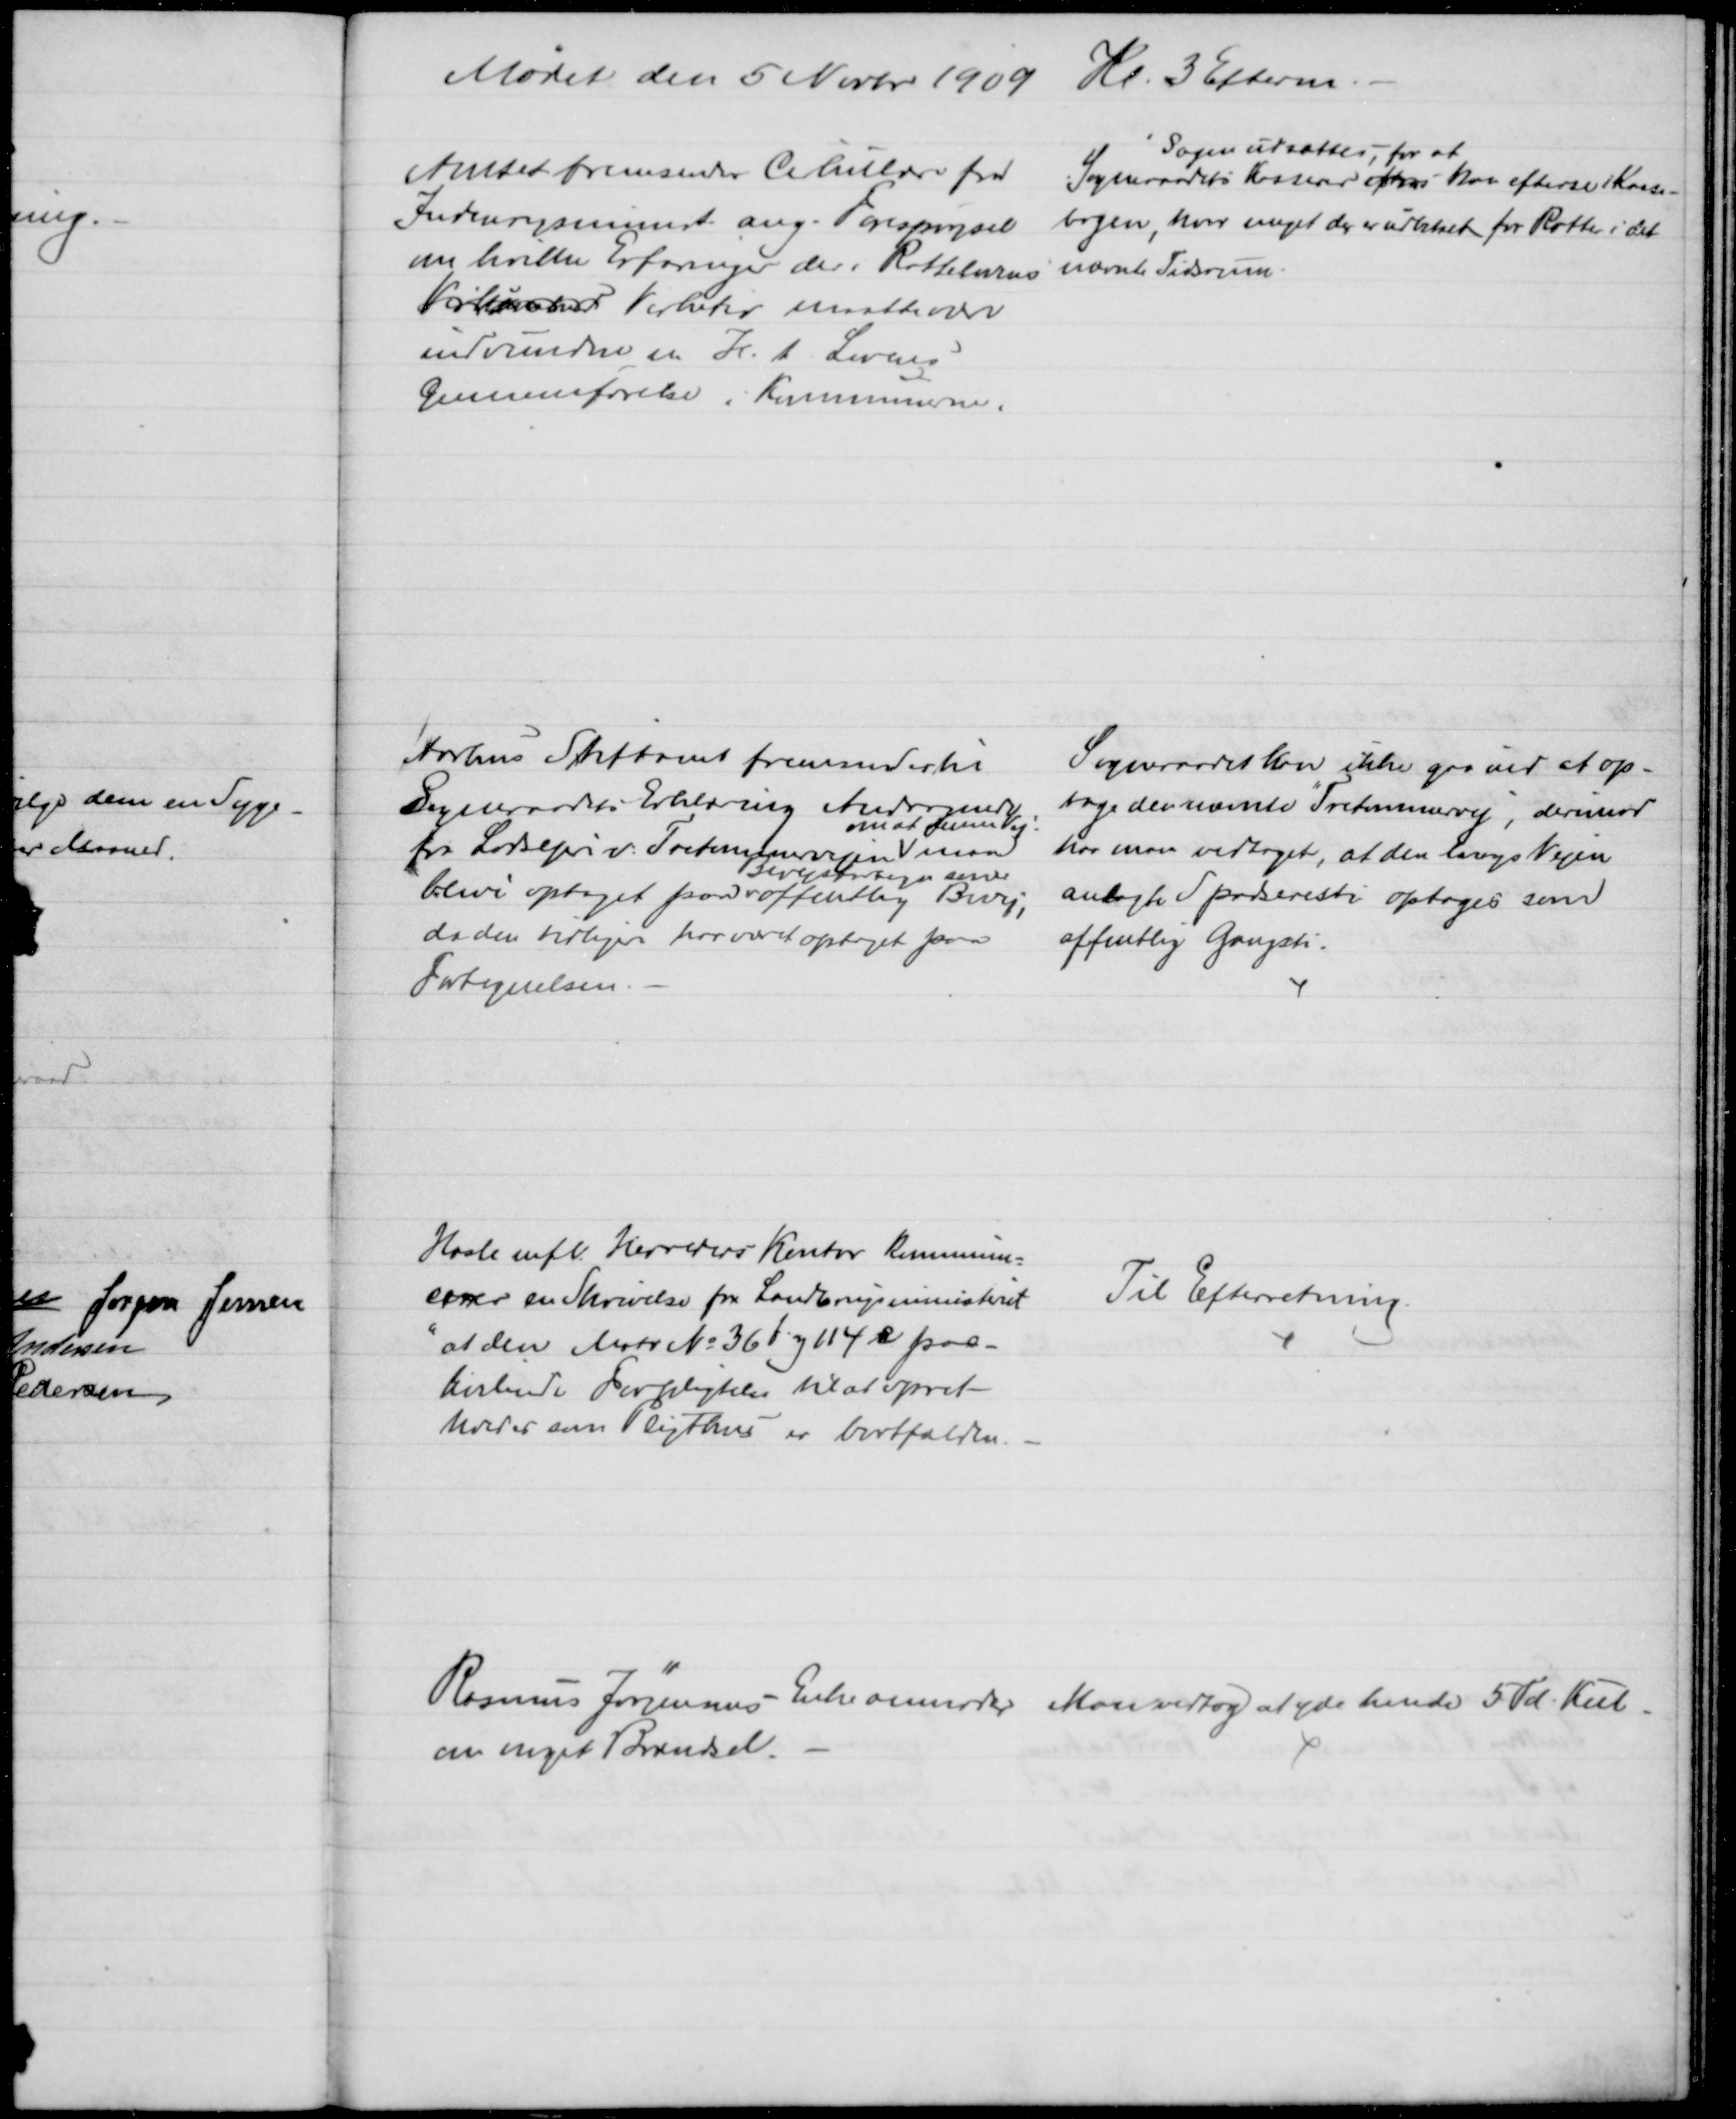
Transskription:
Mødet den 5 Novbr 1909 Kl. 3 Efterm.
Amtet fremsender Cikulære fra
Indenrigsminist. ang. Forespørgsel
om hvilke Erfaringer der i Rottelovens
  Virke  maatte være
indvundne m H. t. Lovens
Gennemførelse i Kommunerne.
Sagen udsættes, for at
Sogneraadets Kasserer faar kan efterse i Kasse-
bogen, hvor meget der er udbetalt for Rotter i det
nævnte Tidsrum.
Aarhus Stiftamt fremsender til
Sogneraadets Erklæring Andragende
fra Lodsejer v. Tretommervejen 
om at denne Vej
maa
blive optaget paa 
Bivejsfortegn. som 
offentlig Bivej,
da den tidliger har været optaget paa
Fortegnelsen.
Sogneraadet kan ikke gaa ind at op-
tage den nævnte "Tretommervej", derimod
har man vedtaget, at den langs Vejen
anlagte Spadseresti optages som
offentlig Gangsti.
Hasle mfl. Herreders Kontor kommuni-
cerer en Skrivelse fra Landbrugsministeriet
"at den Matr № 36f og 114e paa-
hvilende Forpligtelse til at opret-
holdes som Pligthus er bortfalden.
Til Efterretning.
Rasmus Jørgensens Enke anmoder
om noget Brændsel.
Man vedtog at yde hende 5 Td. Kul.